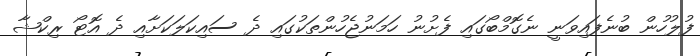
ފުލުހުން ބުނެފައިވަނީ ނެގޮމްބޯގައި ފެށުނު ހަމަނުޖެހުންތަކުގައި ދެ ސައިކަލަކަށާއި ދެ އޮޓޯ ރިކްޝާ